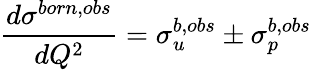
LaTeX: {\frac{d\sigma^{born,obs}}{dQ^{2}}}=\sigma_{u}^{b,obs}\pm\sigma_{p}^{b,obs}